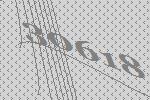
30618